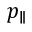
p _ { \parallel }